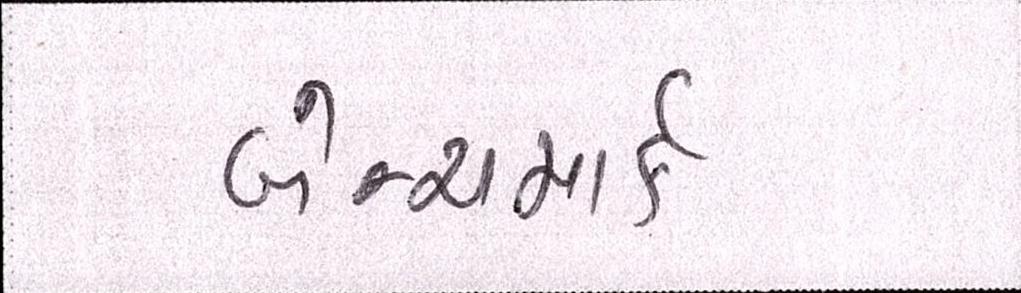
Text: બેન્ચમાર્ક